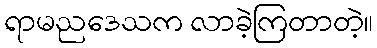
ရာမညဒေသက လာခဲ့ကြတာတဲ့။